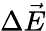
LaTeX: \Delta\vec{E}